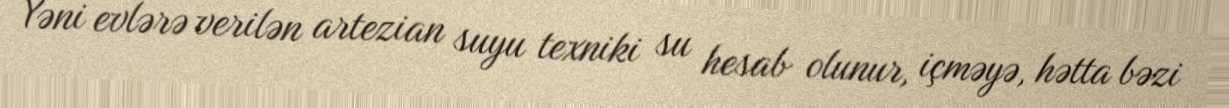
Yəni evlərə verilən artezian suyu texniki su hesab olunur, içməyə, hətta bəzi